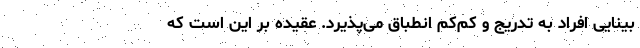
بینایی افراد به تدریج و کم‌کم انطباق می‌پذیرد. عقیده بر این است که